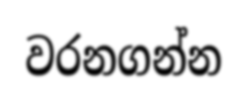
වරනගන්න